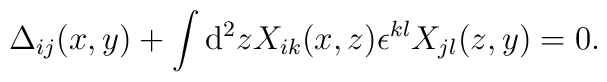
\Delta_{ij}(x,y)+\int {\rm d}^{2}z X_{ik}(x,z)\epsilon^{kl}X_{jl}(z,y)=0.